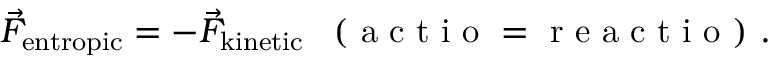
\vec { F } _ { \mathrm { e n t r o p i c } } = - \vec { F } _ { \mathrm { k i n e t i c } } \enspace \mathrm { ~ ( ~ a ~ c ~ t ~ i ~ o ~ = ~ r ~ e ~ a ~ c ~ t ~ i ~ o ~ ) ~ } .